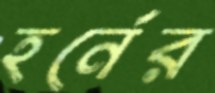
হর্নের